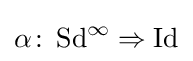
\alpha \colon \operatorname {Sd} ^{\infty }\Rightarrow \operatorname {Id}